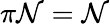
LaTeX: \pi\mathcal{N}=\mathcal{N}